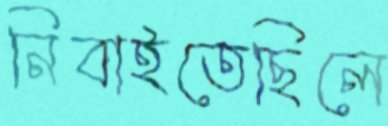
নিবাইতেছিলে